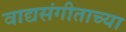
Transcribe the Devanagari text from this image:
वाद्यसंगीताच्या